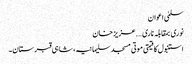
سلمیٰ اعوان
نوری بمقابلہ ناری….عزیز خان
استنبول کا قیمتی موتی مسجد سلیمانیہ ، شاہی قبرستان۔